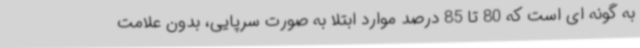
به گونه ای است که 80 تا 85 درصد موارد ابتلا به صورت سرپایی، بدون علامت